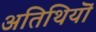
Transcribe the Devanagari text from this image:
अतिथियॊं